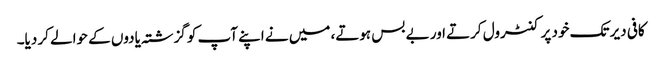
کافی دیر تک خود پر کنٹرول کرتے اور بے بس ہوتے، میں نے اپنے آپ کو گزشتہ یادوں کے حوالے کر دیا۔